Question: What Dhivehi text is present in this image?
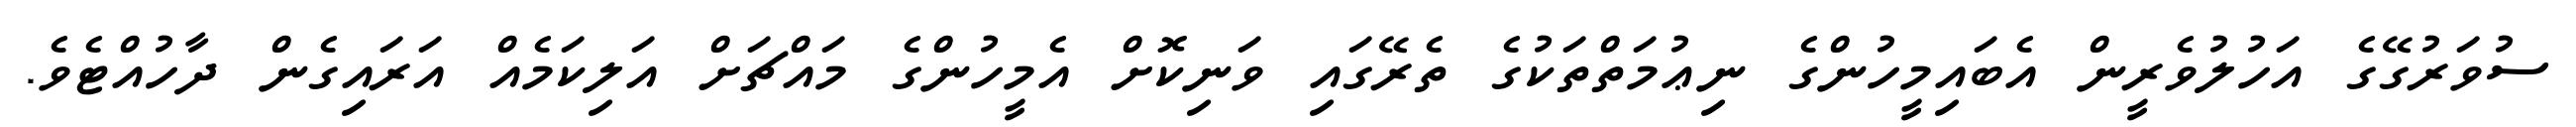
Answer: ސުވަރުގޭގެ އަހުލުވެރީން އެބައިމީހުންގެ ނިޢުމަތްތަކުގެ ތެރޭގައި ވަނިކޮށް އެމީހުންގެ މައްޗަށް އަލިކަމެއް އަރައިގެން ދާހުއްޓެވެ.